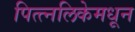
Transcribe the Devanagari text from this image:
पित्त्नलिकेमधून